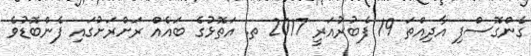
ގެންގޮސްފި އާދިއްތަ 19 ފެބުރުއަރީ 2017 ތ. އަތޮޅުގެ ބައެއް ރަށްރަށުގައި ފެންބޮޑުވެ